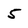
Character: 5